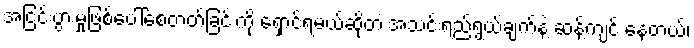
အငြင်းပွားမှုဖြစ်ပေါ်စေတတ်ခြင်းကို ရှောင်ရမယ်ဆိုတဲ့ အသင်းရည်ရွယ်ချက်နဲ့ ဆန့်ကျင် နေတယ်၊